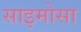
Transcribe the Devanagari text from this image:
साइमोसा